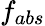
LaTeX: f_{abs}